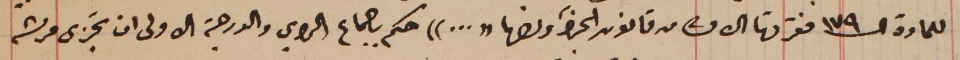
للمادة الـ١٧٩ فقرتها الاولى من قانون الجزاء ونصها "..." حكم باجماع الراي والدرجة الاولى ان تجزى مرته